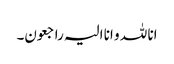
انا للہ و انا الیہ راجعون۔